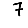
Digit: 7